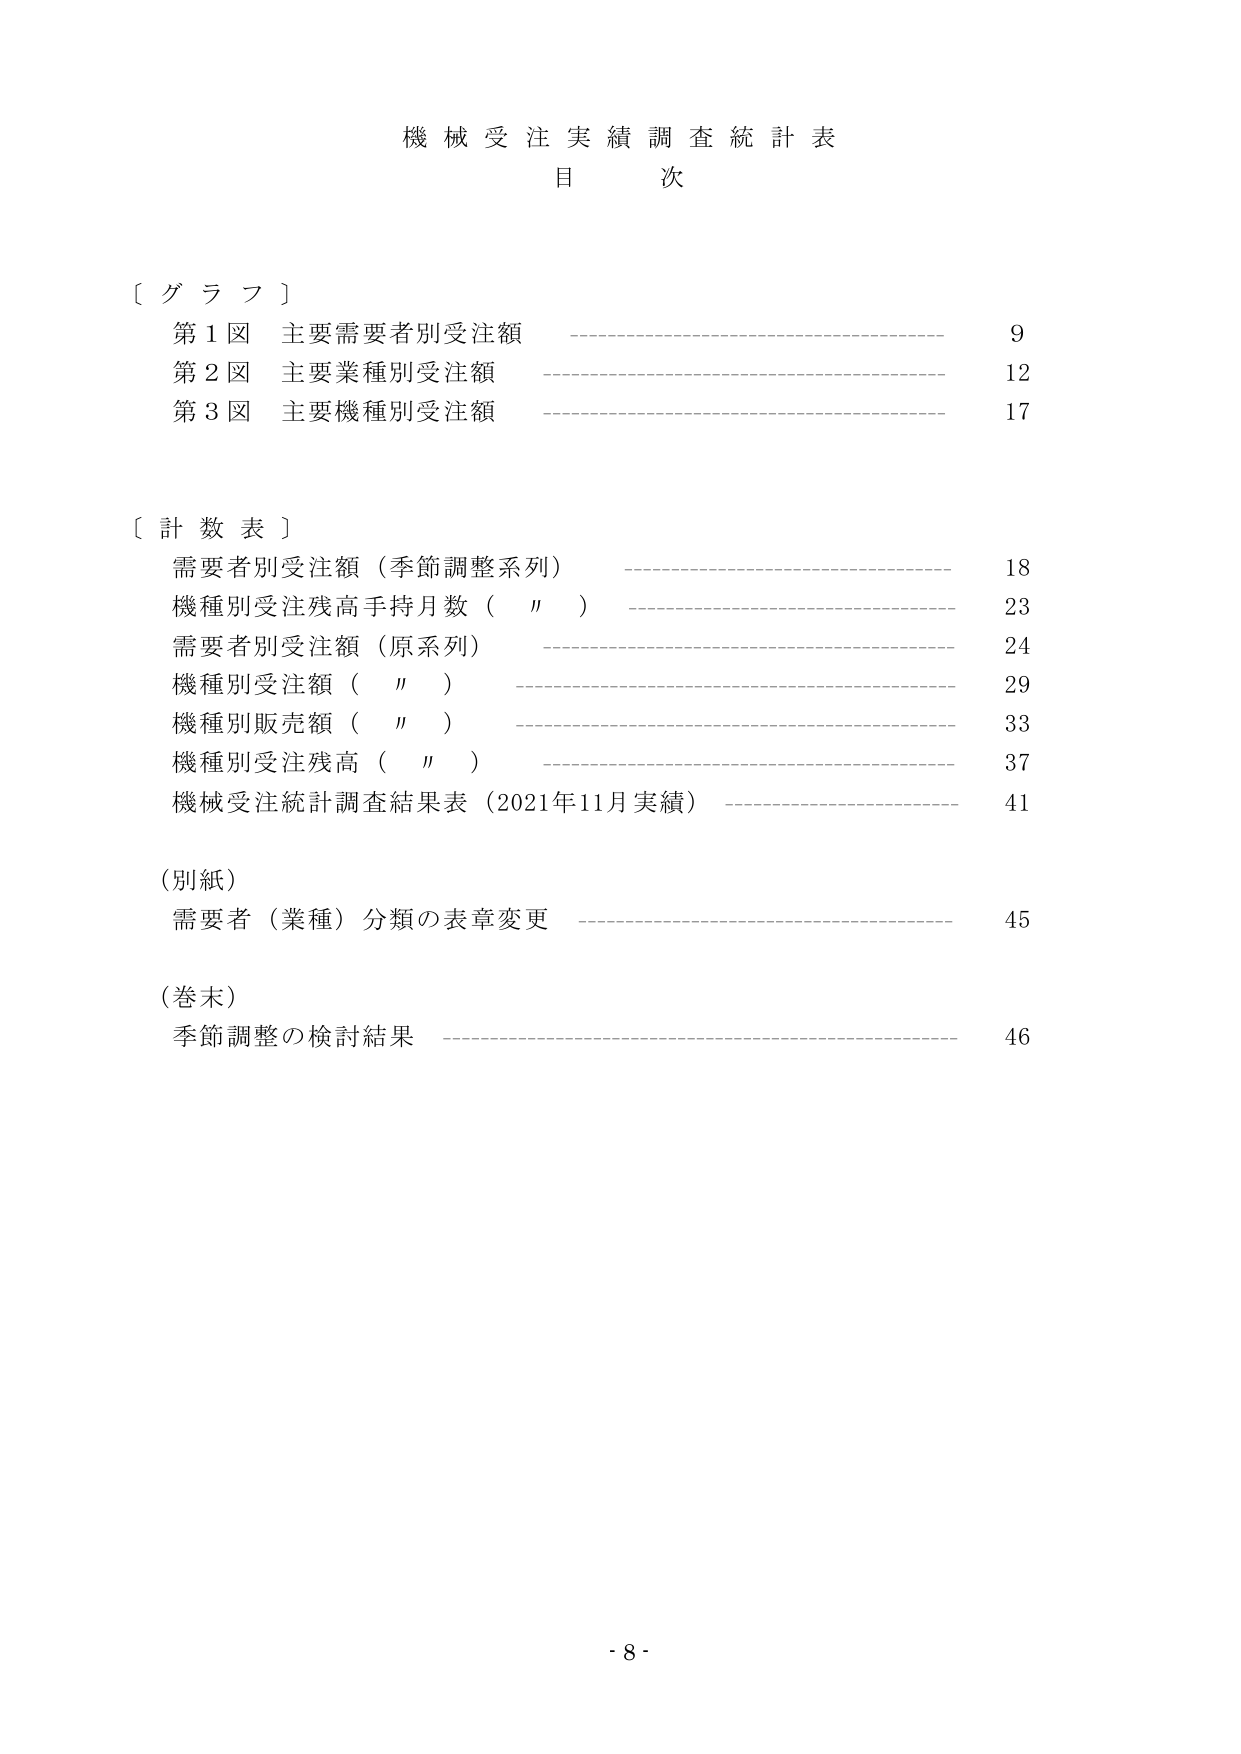
機械受注実績調査統計表
目 次

〔グラフ〕
第1図 主要需要者別受注額 ———————————————————— 9
第2図 主要業種別受注額 ———————————————————— 12
第3図 主要機種別受注額 ———————————————————— 17

〔計数表〕
需要者別受注額（季節調整系列） ———————————————————— 18
機種別受注残高手持月数（〃） ———————————————————— 23
需要者別受注額（原系列） ———————————————————— 24
機種別受注額（〃） ———————————————————— 29
機種別販売額（〃） ———————————————————— 33
機種別受注残高（〃） ———————————————————— 37
機械受注統計調査結果表（2021年11月実績） ———————————————————— 41

（別紙）
需要者（業種）分類の表章変更 ———————————————————— 45

（巻末）
季節調整の検討結果 ———————————————————— 46

- 8 -